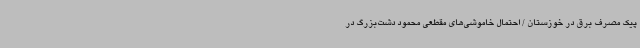
پیک مصرف برق در خوزستان / احتمال خاموشی‌های مقطعی محمود دشت‌بزرگ در